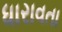
ધારાવતા